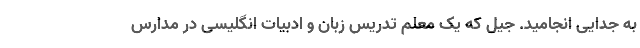
به جدایی انجامید. جیل که یک معلم تدریس زبان و ادبیات انگلیسی در مدارس